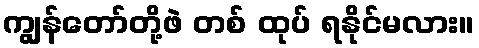
ကျွန်တော်တို့ဖဲ တစ် ထုပ် ရနိုင်မလား။